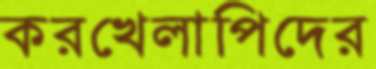
করখেলাপিদের